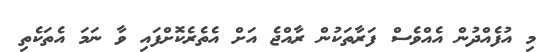
މި އުފެއްދުން އެއްވެސް ފަރާތަކުން ރާއްޖެ އަށް އެތެރެކޮށްފައި ވާ ނަމަ އެތަކެތި